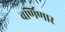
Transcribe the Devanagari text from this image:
वर्णिणार